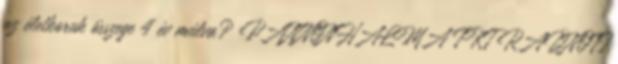
az életkoruk összege 4 év múlva? PANNONHALMA TKT RADNÓTI